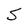
Character: S